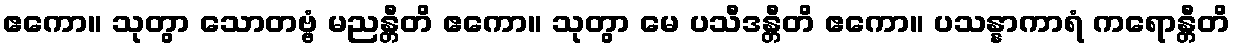
ဧကော။ သုတွာ သောတဗ္ဗံ မညန္တီတိ ဧကော။ သုတွာ မေ ပသီဒန္တီတိ ဧကော။ ပသန္နာကာရံ ကရောန္တီတိ